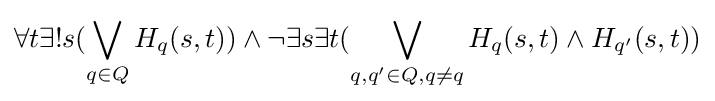
\forall t\exists !s(\bigvee _{q\in Q}H_{q}(s,t))\land \neg \exists s\exists t(\bigvee _{q,q'\in Q,q\neq q}H_{q}(s,t)\land H_{q'}(s,t))